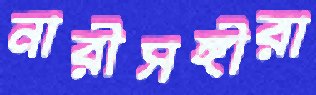
নারীসঙ্গীরা